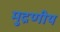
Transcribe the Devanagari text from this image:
मुद्रणीय